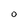
Character: O